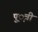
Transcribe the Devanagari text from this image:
पु़़त्री